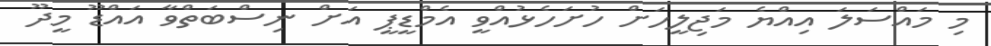
މި މައްސަލަ އިއްޔެ މަޖިލީހަށް ހުށަހެޅުއްވީ އެމްޑީޕީ އަށް ނިސްބަތްވާ އައްޑޫ މީދޫ